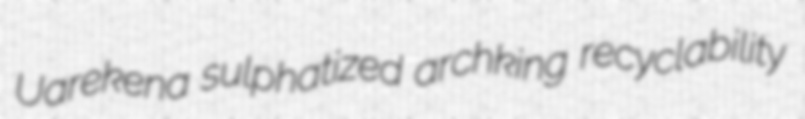
Uarekena sulphatized archking recyclability